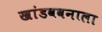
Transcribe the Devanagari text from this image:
खांडववनाला